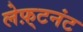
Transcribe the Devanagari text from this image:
लेफ़्टनंट